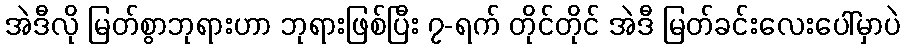
အဲဒီလို မြတ်စွာဘုရားဟာ ဘုရားဖြစ်ပြီး ၇-ရက် တိုင်တိုင် အဲဒီ မြတ်ခင်းလေးပေါ်မှာပဲ